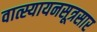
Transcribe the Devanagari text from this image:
वात्स्यायनसूत्रसार